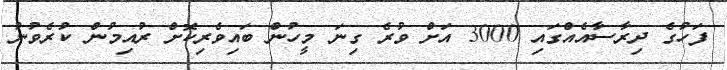
ފަހުގެ ދިރާސާއެއްގައި 3000 އަށް ވުރެ ގިނަ މީހުން ބައިވެރިކޮށް ރުއިމުން ކުރެވުނު